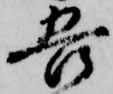
吾